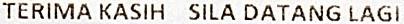
TERIMA KASIH SILA DATANG LAGI